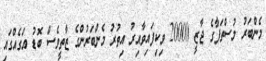
މެންބަރު މުސްތަފާގެ ޖާޒީ 20000 ވިކިފައިވާއިރު އިތުރު މެންބަރުންގެ ޒާތީވެސް ބޮޑު އަގެއްގައި